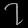
Digit: ၇